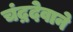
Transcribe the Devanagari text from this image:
चंद्रदेवाने